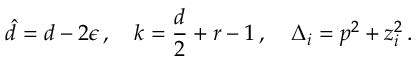
\hat { d } = d - 2 \epsilon \, , \quad k = \frac { d } { 2 } + r - 1 \, , \quad \Delta _ { i } = p ^ { 2 } + z _ { i } ^ { 2 } \, .